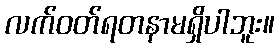
လက်ဝတ်ရတနာမရှိပါဘူး။